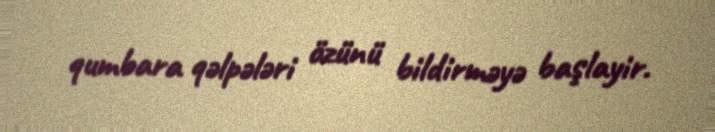
qumbara qəlpələri özünü bildirməyə başlayir.